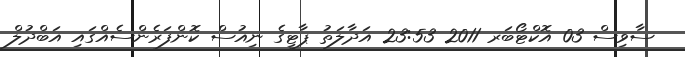
ސާވިސް 03 އޮކްޓޯބަރ 2011 23:53 އަދާލަތު ޕާޓީގެ ނިއުސް ކޮންފަރެންސެއްގައި އަބްދުލް